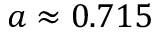
a \approx 0 . 7 1 5